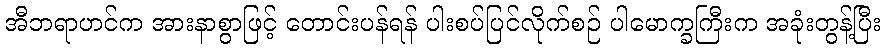
အီဘရာဟင်က အားနာစွာဖြင့် တောင်းပန်ရန် ပါးစပ်ပြင်လိုက်စဉ် ပါမောက္ခကြီးက အခုံးတွန့်ပြီး